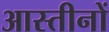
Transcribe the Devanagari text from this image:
आस्तीनों